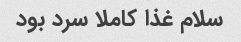
سلام غذا کاملا سرد بود